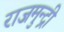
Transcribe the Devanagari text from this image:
राजमुन्द्री